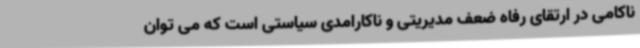
ناکامی در ارتقای رفاه ضعف مدیریتی و ناکارامدی سیاستی است که می توان